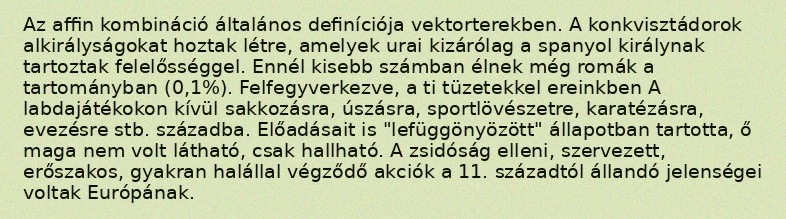
Az affin kombináció általános definíciója vektorterekben. A konkvisztádorok alkirályságokat hoztak létre, amelyek urai kizárólag a spanyol királynak tartoztak felelősséggel. Ennél kisebb számban élnek még romák a tartományban (0,1%). Felfegyverkezve, a ti tüzetekkel ereinkben A labdajátékokon kívül sakkozásra, úszásra, sportlövészetre, karatézásra, evezésre stb. századba. Előadásait is "lefüggönyözött" állapotban tartotta, ő maga nem volt látható, csak hallható. A zsidóság elleni, szervezett, erőszakos, gyakran halállal végződő akciók a 11. századtól állandó jelenségei voltak Európának.